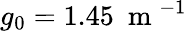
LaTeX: g_{0}=1.45~\mathrm{~m~}^{-1}